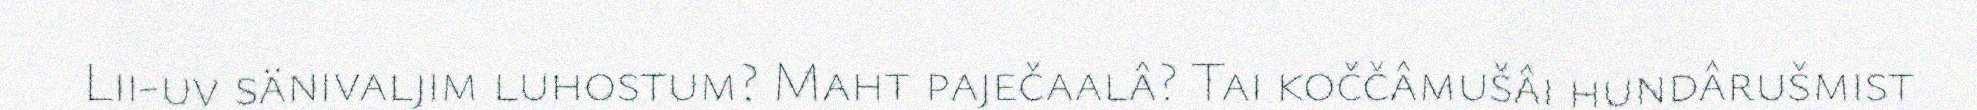
Lii-uv sänivaljim luhostum? Maht paječaalâ? Tai koččâmušâi hundârušmist